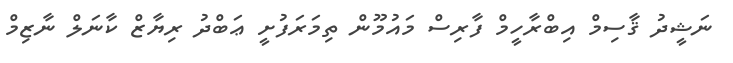
ނަޝީދު ޤާސިމް އިބްރާހީމް ފާރިސް މައުމޫން ތިމަރަފުށީ ޢަބްދު ރިޔާޒް ކާނަލް ނާޒިމް